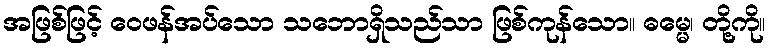
အဖြစ်ဖြင့် ဝေဖန်အပ်သော သဘောရှိသည်သာ ဖြစ်ကုန်သော။ ဓမ္မေ၊ တို့ကို။